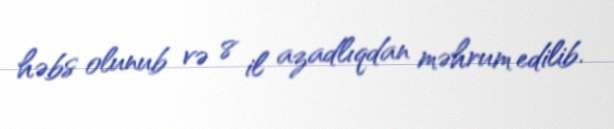
həbs olunub və 8 il azadlıqdan məhrum edilib.